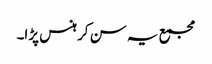
مجمع یہ سن کر ہنس پڑا۔